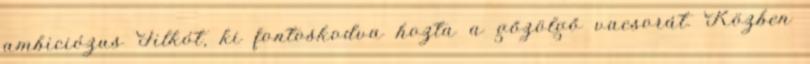
ambiciózus Filkót, ki fontoskodva hozta a gőzölgő vacsorát. Közben